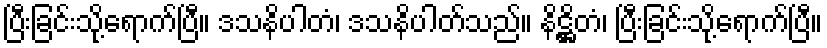
ပြီးခြင်းသို့ရောက်ပြီ။ ဒသနိပါတံ၊ ဒသနိပါတ်သည်။ နိဋ္ဌိတံ၊ ပြီးခြင်းသို့ရောက်ပြီ။